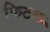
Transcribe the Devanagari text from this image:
फिटल